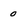
Character: 0